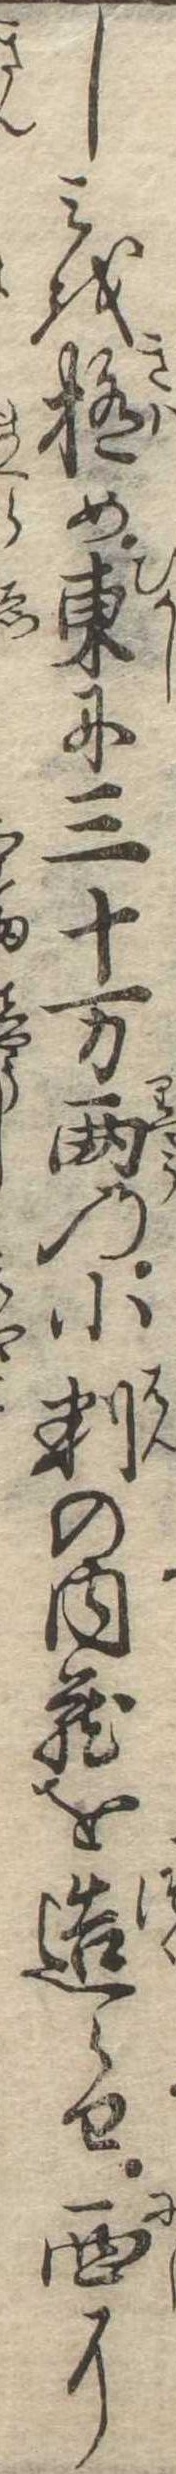
しみを極め東に三十万両の小判の内蔵を造らせ西に